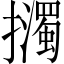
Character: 𢹅